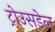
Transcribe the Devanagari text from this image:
ट्रोउसडेल